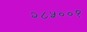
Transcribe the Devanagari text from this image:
२८५००१